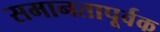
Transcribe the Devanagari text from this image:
समानतापूर्वक